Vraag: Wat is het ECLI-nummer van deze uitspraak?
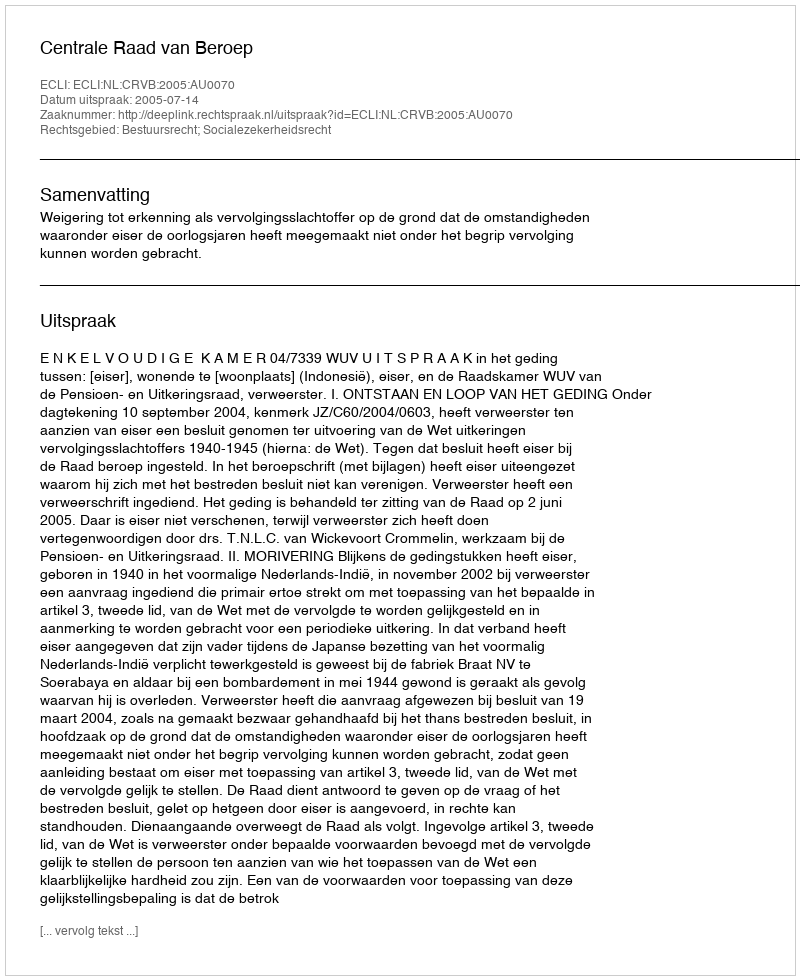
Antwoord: ECLI:NL:CRVB:2005:AU0070